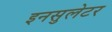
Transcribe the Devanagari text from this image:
इनसुलेटर